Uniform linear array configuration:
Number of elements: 64
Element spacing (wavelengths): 0.25
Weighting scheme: binomial
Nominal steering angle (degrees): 45
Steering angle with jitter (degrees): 43.713
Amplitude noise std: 0.05
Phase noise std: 0.05

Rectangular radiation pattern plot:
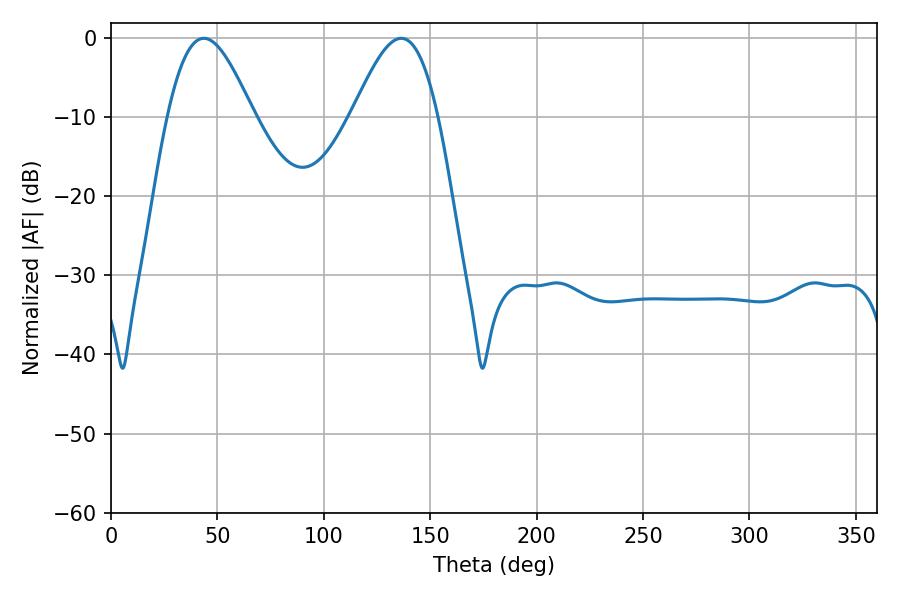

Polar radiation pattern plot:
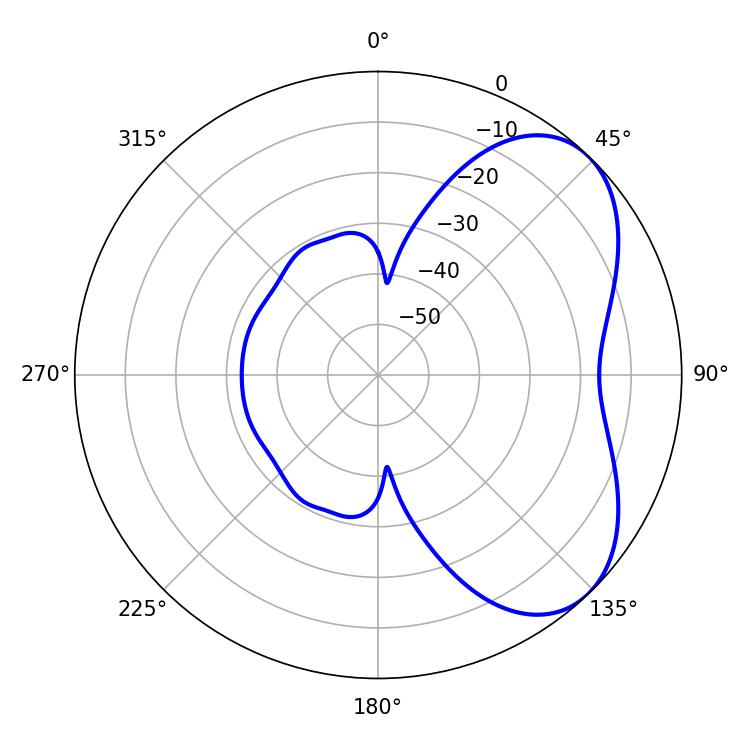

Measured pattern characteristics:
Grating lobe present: FALSE
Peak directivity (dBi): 5.229
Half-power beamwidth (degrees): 21.6
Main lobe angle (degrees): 43.56